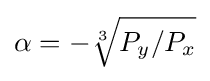
\alpha =-{\sqrt[{3}]{P_{y}/P_{x}}}